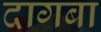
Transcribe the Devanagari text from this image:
दागबा